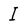
Character: I